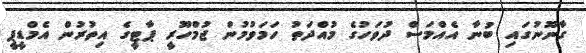
ގާނޫނުގައި ބުނާ އެއްމަސް ދުވަހުގެ މުއްދަތު ހަމަވުމުން ޖުމްހޫރީ ޕާޓީގެ އިތުރުން އެމްޑީޕީ